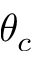
\theta _ { c }